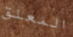
المعلق